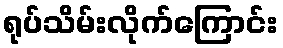
ရုပ်သိမ်းလိုက်ကြောင်း